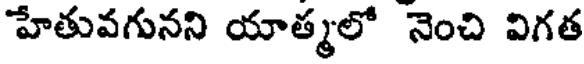
హేతువగునని యాత్మలో నెంచి విగత